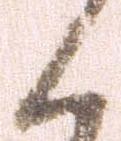
く